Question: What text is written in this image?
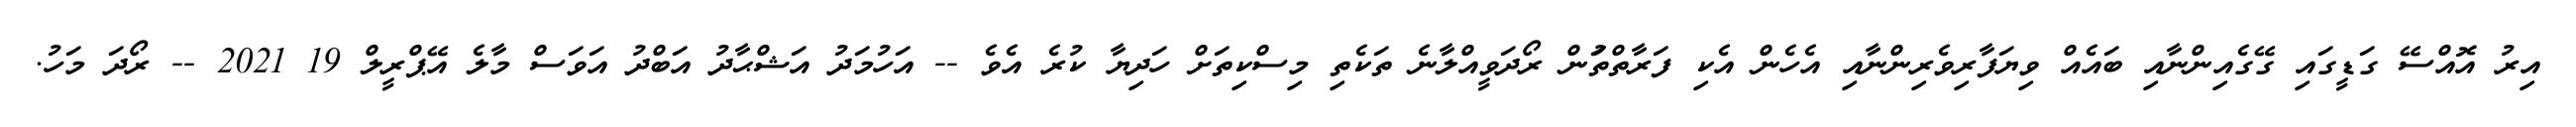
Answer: އިރު އޮއްސޭ ގަޑީގައި ގޭގެއިންނާއި ބައެއް ވިޔަފާރިވެރިންނާއި އެހެން އެކި ފަރާތްތަުން ރޯދަވީއްލާނެ ތަކެތި މިސްކިތަށް ހަދިޔާ ކުރެ އެވެ -- އަހުމަދު އަޝްޙާދު އަބްދު އަވަސް މާލެ އޭޕްރީލް 19 2021 -- ރޯދަ މަހު.